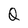
Character: Q